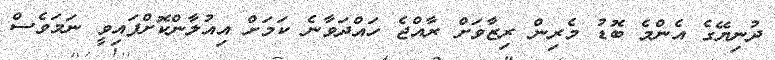
ދުނިޔޭގެ އެންމެ ބޮޑު މެރިން ރިޒާވަށް ރާއްޖެ ހައްދަވާނެ ކަމަށް އިއުލާންކޮށްފައިވީ ނަމަވެސް